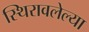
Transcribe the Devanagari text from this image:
स्थिरावलेल्या